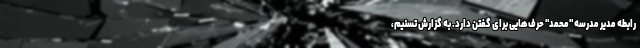
رابطه مدیر مدرسه "محمد" حرف‌هایی برای گفتن دارد. به گزارش تسنیم،